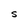
Character: S